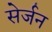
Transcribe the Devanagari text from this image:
सेर्जन